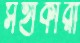
সহাকারী